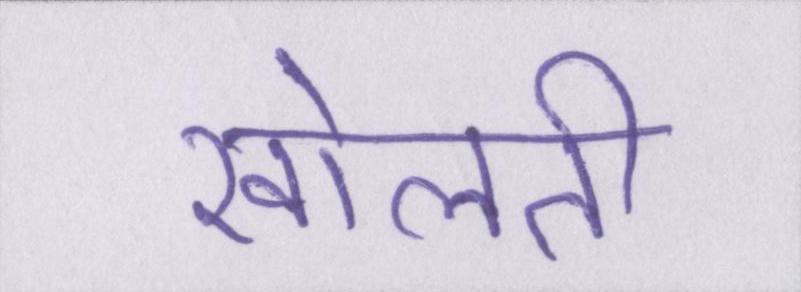
खोलती